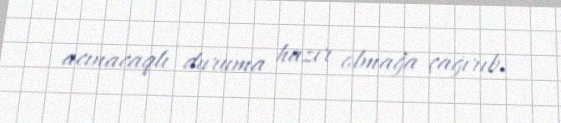
acınacaqlı duruma hazır olmağa çağırıb.